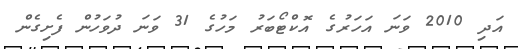
އަދި 2010 ވަނަ އަހަރުގެ އޮކްޓޯބަރު މަހުގެ 31 ވަނަ ދުވަހުން ފެށިގެން